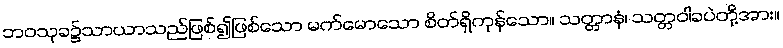
ဘဝသုခ၌သာယာသည်ဖြစ်၍ဖြစ်သော မက်မောသော စိတ်ရှိကုန်သော။ သတ္တာနံ၊ သတ္တဝါခပဲတို့အား။